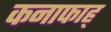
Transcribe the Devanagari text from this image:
कनाफाह्